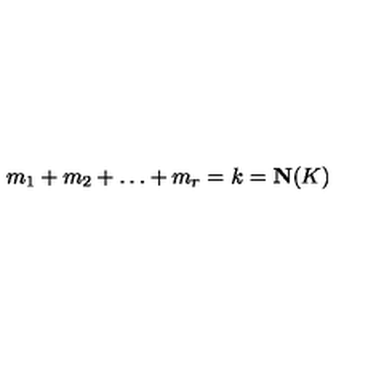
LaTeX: m _ { 1 } + m _ { 2 } + \ldots + m _ { r } = k = \mathbf { N } ( K )